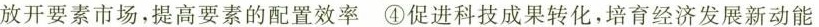
放开要素市场，提高要素的配置效率④促进科技成果转化，培育经济发展新动能